Report of the Indian Hemp Drugs Commission, 1894-1895 - Volume I
Year: 1894
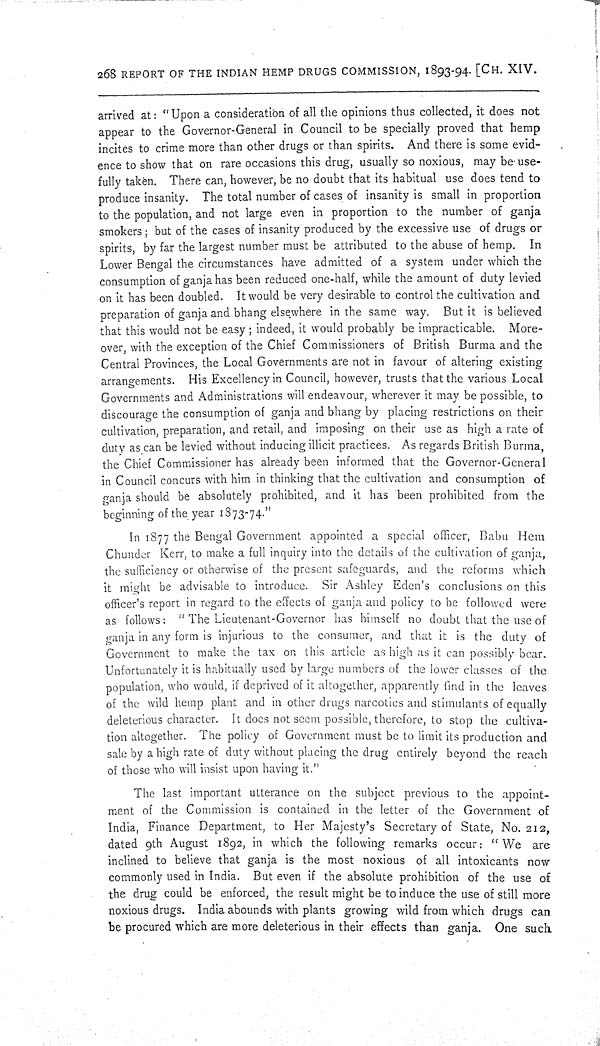
268 REPORT OF THE INDIAN HEMP DRUGS COMMISSION, 1893-94. [CH. XIV.
arrived at: "Upon a consideration of all the opinions thus collected, it does not
appear to the Governor-General in Council to be specially proved that hemp
incites to crime more than other drugs or than spirits. And there is some evid-
ence to show that on rare occasions this drug, usually so noxious, may be use-
fully taken. There can, however, be no doubt that its habitual use does tend to
produce insanity. The total number of cases of insanity is small in proportion
to the population, and not large even in proportion to the number of ganja
smokers; but of the cases of insanity produced by the excessive use of drugs or
spirits, by far the largest number must be attributed to the abuse of hemp. In
Lower Bengal the circumstances have admitted of a system under which the
consumption of ganja has been reduced one-half, while the amount of duty levied
on it has been doubled. It would be very desirable to control the cultivation and
preparation of ganja and bhang elsewhere in the same way. But it is believed
that this would not be easy; indeed, it would probably be impracticable. More-
over, with the exception of the Chief Commissioners of British Burma and the
Central Provinces, the Local Governments are not in favour of altering existing
arrangements. His Excellency in Council, however, trusts that the various Local
Governments and Administrations will endeavour, wherever it may be possible, to
discourage the consumption of ganja and bhang by placing restrictions on their
cultivation, preparation, and retail, and imposing on their use as high a rate of
duty as can be levied without inducing illicit practices. As regards British Burma,
the Chief Commissioner has already been informed that the Governor-General
in Council concurs with him in thinking that the cultivation and consumption of
ganja should be absolutely prohibited, and it has been prohibited from the
beginning of the year 1873-74."
In 1877 the Bengal Government appointed a special officer, Babu Hem
Chunder Kerr, to make a full inquiry into the details of the cultivation of ganja,
the sufficiency or otherwise of the present safeguards, and the reforms which
it might be advisable to introduce. Sir Ashley Eden's conclusions on this
officer's report in regard to the effects of ganja and policy to be followed were
as follows: "The Lieutenant-Governor has himself no doubt that the use of
ganja in any form is injurious to the consumer, and that it is the duty of
Government to make the tax on this article as high as it can possibly bear.
Unfortunately it is habitually used by large numbers of the lower classes of the
population, who would, if deprived of it altogether, apparently find in the leaves
of the wild hemp plant and in other drugs narcotics and stimulants of equally
deleterious character. It does not seem possible, therefore, to stop the cultiva-
tion altogether. The policy of Government must be to limit its production and
sale by a high rate of duty without placing the drug entirely beyond the reach
of those who will insist upon having it."
The last important utterance on the subject previous to the appoint-
ment of the Commission is contained in the letter of the Government of
India, Finance Department, to Her Majesty's Secretary of State, No. 212,
dated 9th August 1892, in which the following remarks occur: "We are
inclined to believe that ganja is the most noxious of all intoxicants now
commonly used in India. But even if the absolute prohibition of the use of
the drug could be enforced, the result might be to induce the use of still more
noxious drugs. India abounds with plants growing wild from which drugs can
be procured which are more deleterious in their effects than ganja. One such